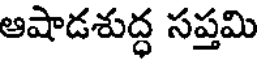
ఆషాడశుద్ధ సప్తమి